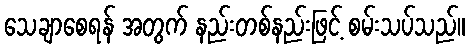
သေချာစေရန် အတွက် နည်းတစ်နည်းဖြင့် စမ်းသပ်သည်။